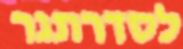
לסדרתגר